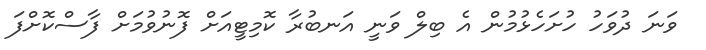
ވަނަ ދުވަހު ހުށަހެޅުމުން އެ ބިލް ވަނީ އަނބުރާ ކޮމިޓީއަށް ފޮނުވުމަށް ފާސްކޮށްފަ